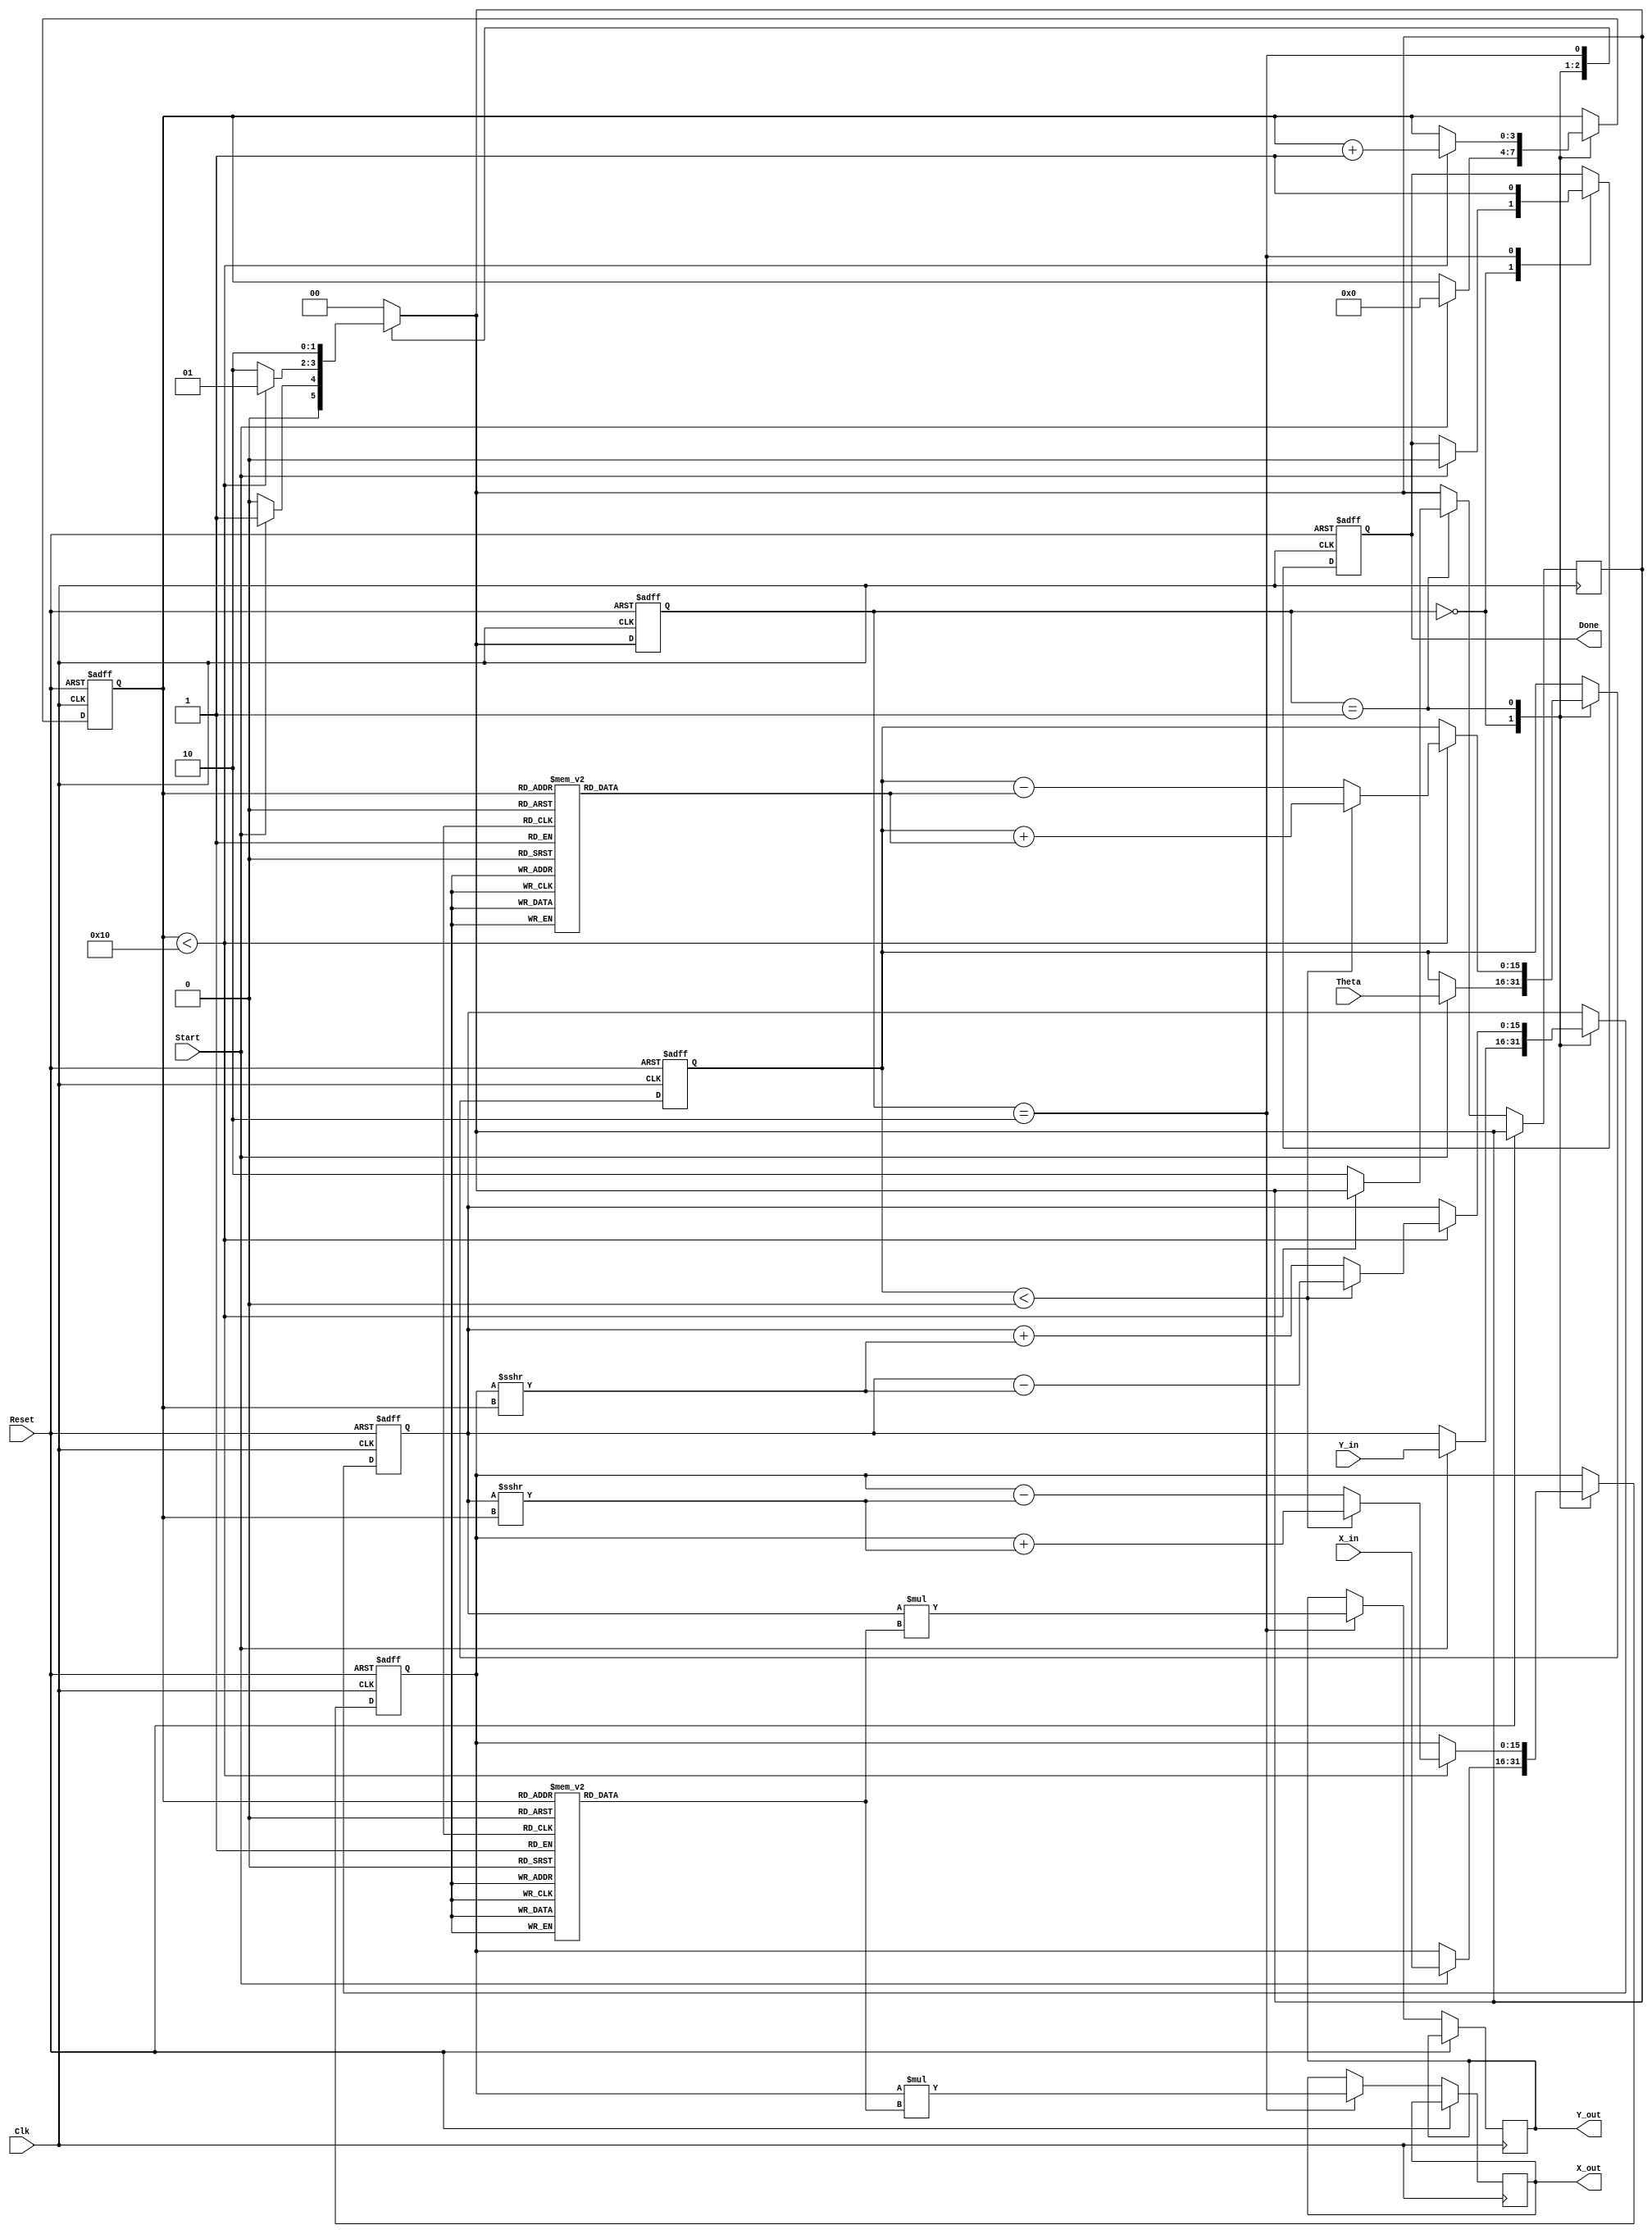
module cordic_2d (
    input wire signed [15:0] X_in,      // Input x-coordinate
    input wire signed [15:0] Y_in,      // Input y-coordinate
    input wire signed [15:0] Theta,     // Input angle (in radians)
    input wire Start,                   // Start signal
    input wire Clk,                     // Clock signal
    input wire Reset,                   // Asynchronous reset
    output reg signed [15:0] X_out,     // Output x-coordinate
    output reg signed [15:0] Y_out,     // Output y-coordinate
    output reg Done                     // Completion signal
);

    // Internal registers
    reg signed [15:0] X_reg;
    reg signed [15:0] Y_reg;
    reg signed [15:0] Theta_reg;
    reg [3:0] Iteration_count;           // Counter for iterations
    reg [1:0] state;                     // State machine
    reg [1:0] next_state;

    // CORDIC gain and angle lookup table (for 16 iterations)
    reg signed [15:0] K [0:15];
    reg signed [15:0] atan_table [0:15];

    initial begin
        // Initialize CORDIC gain values (K)
        K[0] = 16'h26DD; // K0 = 1
        K[1] = 16'h1A6D; // K1 = 1/2
        K[2] = 16'h14D5; // K2 = 1/4
        K[3] = 16'h0C8F; // K3 = 1/8
        K[4] = 16'h0642; // K4 = 1/16
        K[5] = 16'h0321; // K5 = 1/32
        K[6] = 16'h0190; // K6 = 1/64
        K[7] = 16'h00C5; // K7 = 1/128
        K[8] = 16'h0063; // K8 = 1/256
        K[9] = 16'h0031; // K9 = 1/512
        K[10] = 16'h0018; // K10 = 1/1024
        K[11] = 16'h000C; // K11 = 1/2048
        K[12] = 16'h0006; // K12 = 1/4096
        K[13] = 16'h0003; // K13 = 1/8192
        K[14] = 16'h0002; // K14 = 1/16384
        K[15] = 16'h0001; // K15 = 1/32768

        // Initialize arctangent values (atan_table)
        atan_table[0] = 16'h0000; // atan(0)
        atan_table[1] = 16'h1C71; // atan(1/2^1)
        atan_table[2] = 16'h0D9E; // atan(1/2^2)
        atan_table[3] = 16'h05A8; // atan(1/2^3)
        atan_table[4] = 16'h028D; // atan(1/2^4)
        atan_table[5] = 16'h0146; // atan(1/2^5)
        atan_table[6] = 16'h00A3; // atan(1/2^6)
        atan_table[7] = 16'h0051; // atan(1/2^7)
        atan_table[8] = 16'h0028; // atan(1/2^8)
        atan_table[9] = 16'h0014; // atan(1/2^9)
        atan_table[10] = 16'h000A; // atan(1/2^10)
        atan_table[11] = 16'h0005; // atan(1/2^11)
        atan_table[12] = 16'h0002; // atan(1/2^12)
        atan_table[13] = 16'h0001; // atan(1/2^13)
        atan_table[14] = 16'h0000; // atan(1/2^14)
        atan_table[15] = 16'h0000; // atan(1/2^15)
    end

    // State machine states
    localparam IDLE = 2'b00;
    localparam COMPUTE = 2'b01;
    localparam DONE = 2'b10;

    // Sequential logic for state machine and computation
    always @(posedge Clk or posedge Reset) begin
        if (Reset) begin
            state <= IDLE;
            X_reg <= 0;
            Y_reg <= 0;
            Theta_reg <= 0;
            Iteration_count <= 0;
            Done <= 0;
        end else begin
            state <= next_state;

            case (state)
                IDLE: begin
                    if (Start) begin
                        X_reg <= X_in;
                        Y_reg <= Y_in;
                        Theta_reg <= Theta;
                        Iteration_count <= 0;
                        Done <= 0;
                    end
                end

                COMPUTE: begin
                    if (Iteration_count < 16) begin
                        // CORDIC rotation logic
                        if (Theta_reg < 0) begin
                            // Rotate clockwise
                            X_reg <= X_reg + (Y_reg >>> Iteration_count);
                            Y_reg <= Y_reg - (X_reg >>> Iteration_count);
                            Theta_reg <= Theta_reg + atan_table[Iteration_count];
                        end else begin
                            // Rotate counter-clockwise
                            X_reg <= X_reg - (Y_reg >>> Iteration_count);
                            Y_reg <= Y_reg + (X_reg >>> Iteration_count);
                            Theta_reg <= Theta_reg - atan_table[Iteration_count];
                        end
                        Iteration_count <= Iteration_count + 1;
                    end else begin
                        next_state <= DONE;
                    end
                end

                DONE: begin
                    X_out <= X_reg * K[Iteration_count]; // Apply scaling
                    Y_out <= Y_reg * K[Iteration_count]; // Apply scaling
                    Done <= 1;
                end
            endcase
        end
    end

    // Next state logic
    always @(*) begin
        case (state)
            IDLE: next_state = Start ? COMPUTE : IDLE;
            COMPUTE: next_state = (Iteration_count < 16) ? COMPUTE : DONE;
            DONE: next_state = DONE;
            default: next_state = IDLE;
        endcase
    end

endmodule